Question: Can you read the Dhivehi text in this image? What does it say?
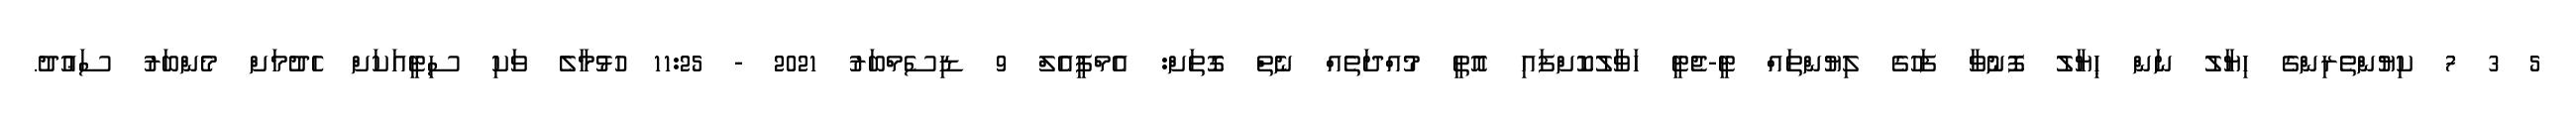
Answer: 5 3 7 ކިޔުންތެރިންގެ ހިޔާލު ނަން ޙިޔާލު ފޮނުވާ ފަހުގެ ލިޔުންތައް ޓީ-ޖެޓީ ހަވާލުކޮށްފައި އޮތީ މުއްދަތެއް ނެތް ގޮތަށް: އެމްޕީއެލް 9 ޑިސެމްބަރު 2021 - 11:25 ހުޅުމާލެ ވަކި ސިޓީއަކަށް ހެދުމަށް މެންބަރު ސަޢުދު.